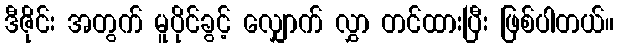
ဒီဇိုင်း အတွက် မူပိုင်ခွင့် လျှောက် လွှာ တင်ထားပြီး ဖြစ်ပါတယ်။